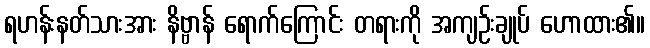
ရဟန်းနတ်သားအား နိဗ္ဗာန် ရောက်ကြောင်း တရားကို အကျဉ်းချုပ် ဟောထား၏။